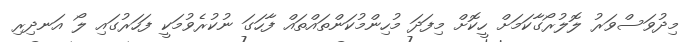
މިދުވަސްވަރު ލޮލުރޯގާކަމަށް ހީކޮށް މިފަދަ މުހިންމުކަންތައްތައް ފާހަގަ ނުކުރެވުމަކީ ފަހަރުގައި ލޯ އަނދިރި